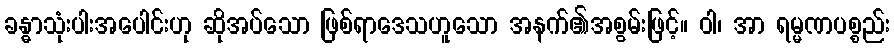
ခန္ဓာသုံးပါးအပေါင်းဟု ဆိုအပ်သော ဖြစ်ရာဒေသဟူသော အနက်၏အစွမ်းဖြင့်။ ဝါ၊ အာ ရမ္မဏပစ္စည်း